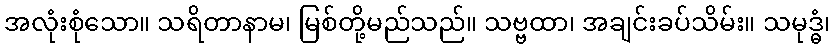
အလုံးစုံသော။ သရိတာနာမ၊ မြစ်တို့မည်သည်။ သဗ္ဗထာ၊ အချင်းခပ်သိမ်း။ သမုဒ္ဓံ၊